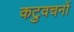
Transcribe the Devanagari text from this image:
कटुवचनों